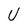
Character: U